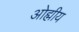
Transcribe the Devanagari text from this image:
ओह्मीय